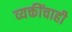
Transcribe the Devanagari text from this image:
व्यक्तींचाही